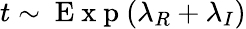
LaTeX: t\sim\mathrm{~E~x~p~}(\lambda_{R}+\lambda_{I})